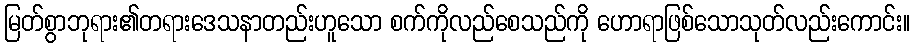
မြတ်စွာဘုရား၏တရားဒေသနာတည်းဟူသော စက်ကိုလည်စေသည်ကို ဟောရာဖြစ်သောသုတ်လည်းကောင်း။